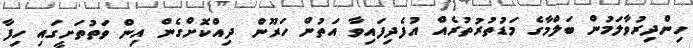
ހިންދިރުވާލަމުން ބަލްމާގެ މަޑުތުރުތުރެއް އުފެދިފައިވާ އަތުން ހަރޫން ދިއްކޮށްގެން އިން ވަތުތަށީގައި ހިފާ